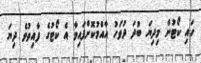
ހައި ކޯޓުން މިދިޔަ ބުދަ ދުވަހު އާއްމުކޮށްފައިވާ އެ ކޯޓުގެ ފާއިތުވެ ދިޔަ